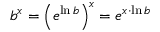
b ^ { x } = \left( e ^ { \ln b } \right) ^ { x } = e ^ { x \cdot \ln b }